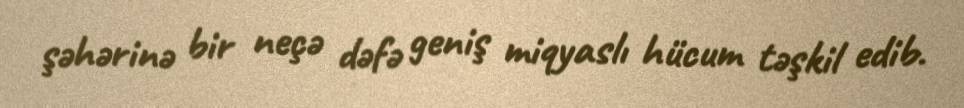
şəhərinə bir neçə dəfə geniş miqyaslı hücum təşkil edib.